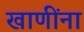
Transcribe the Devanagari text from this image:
खाणींना